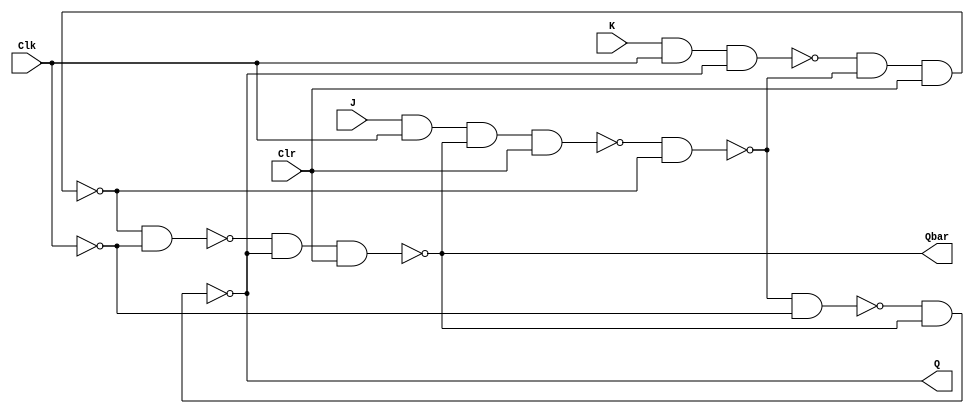
// Master Slave JK Flip Flop
module jk_flip_flop(J, K, Clk, Clr, Q, Qbar);
	input J, K, Clk, Clr;
	output Q, Qbar;

	wire w1, w2, w3, w4, w5, w6, w7;

	// First JK
	nand(w1, J, Clk, Qbar, Clr);
	nand(w2, K, Clk, Q);
	nand(w3, w1, w4);
	nand(w4, w2, w3, Clr);

	not(w7, Clk);

	// 2nd JK
	nand(w5, w3, w7);
	nand(w6, w4, w7);
	nand(Q, w5, Qbar);
	nand(Qbar, w6, Q, Clr);
endmodule